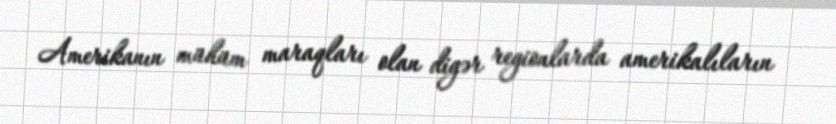
Amerikanın mühüm maraqları olan digər regionlarda amerikalıların